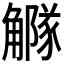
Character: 𧥃